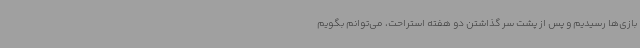
بازی‌ها رسیدیم و پس از پشت سر گذاشتن دو هفته استراحت، می‌توانم بگویم